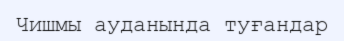
Чишмы ауданында туғандар